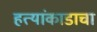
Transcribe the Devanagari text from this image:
हत्यांकाडाचा